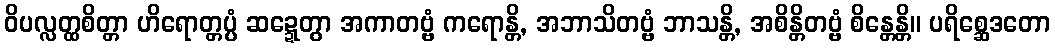
ဝိပလ္လတ္ထစိတ္တာ ဟိရောတ္တပ္ပံ ဆဍ္ဍေတွာ အကာတဗ္ဗံ ကရောန္တိ, အဘာသိတဗ္ဗံ ဘာသန္တိ, အစိန္တိတဗ္ဗံ စိန္တေန္တိ။ ပရိစ္ဆေဒတော